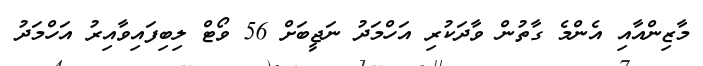
މާޒިންއާއި އެންމެ ގާތުން ވާދަކުރި އަހްމަދު ނަޖީބަށް 56 ވޯޓް ލިބިފައިވާއިރު އަހްމަދު